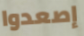
إصعدوا